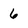
Character: 6